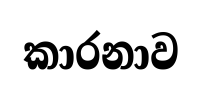
කාරනාව